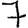
Digit: 7